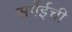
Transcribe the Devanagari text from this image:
सर्गेईची